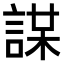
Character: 𧩜